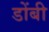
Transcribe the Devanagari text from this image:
डोंबी